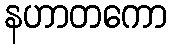
နဟာတကော